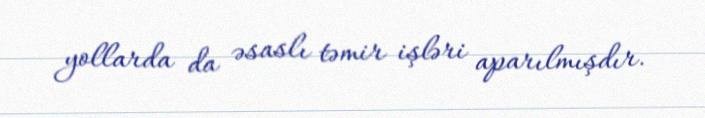
yollarda da əsaslı təmir işləri aparılmışdır.